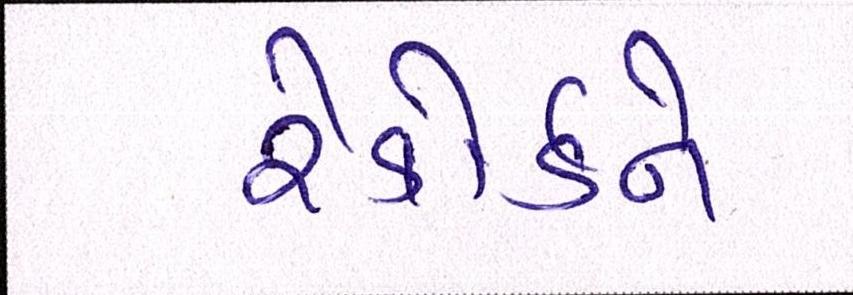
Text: રેકોર્ડને